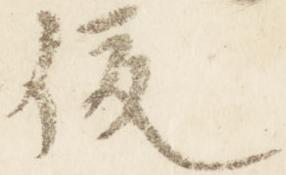
俊